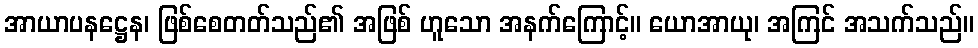
အာယာပနဋ္ဌေန၊ ဖြစ်စေတတ်သည်၏ အဖြစ် ဟူသော အနက်ကြောင့်။ ယောအာယု၊ အကြင် အသက်သည်။